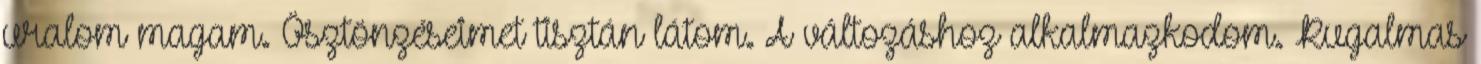
uralom magam. Ösztönzéseimet tisztán látom. A változáshoz alkalmazkodom. Rugalmas